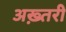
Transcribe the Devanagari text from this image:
अख़्तरी